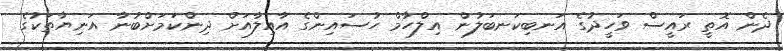
ދެން އޮތީ ރައީސް ވަހީދުގެ އަނބިކަނބަލުން އިލްހާމް ހުސައިންގެ އާއިލާއަށް ދިންކަމަށްބުނާ އަނިޔާތަކުގެ